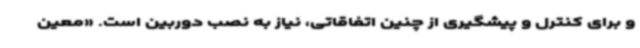
و برای کنترل و پیشگیری از چنین اتفاقاتی، نیاز به نصب دوربین است. «معین